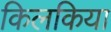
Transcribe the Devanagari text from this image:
किलकिया